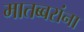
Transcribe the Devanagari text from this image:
मातब्बरांना